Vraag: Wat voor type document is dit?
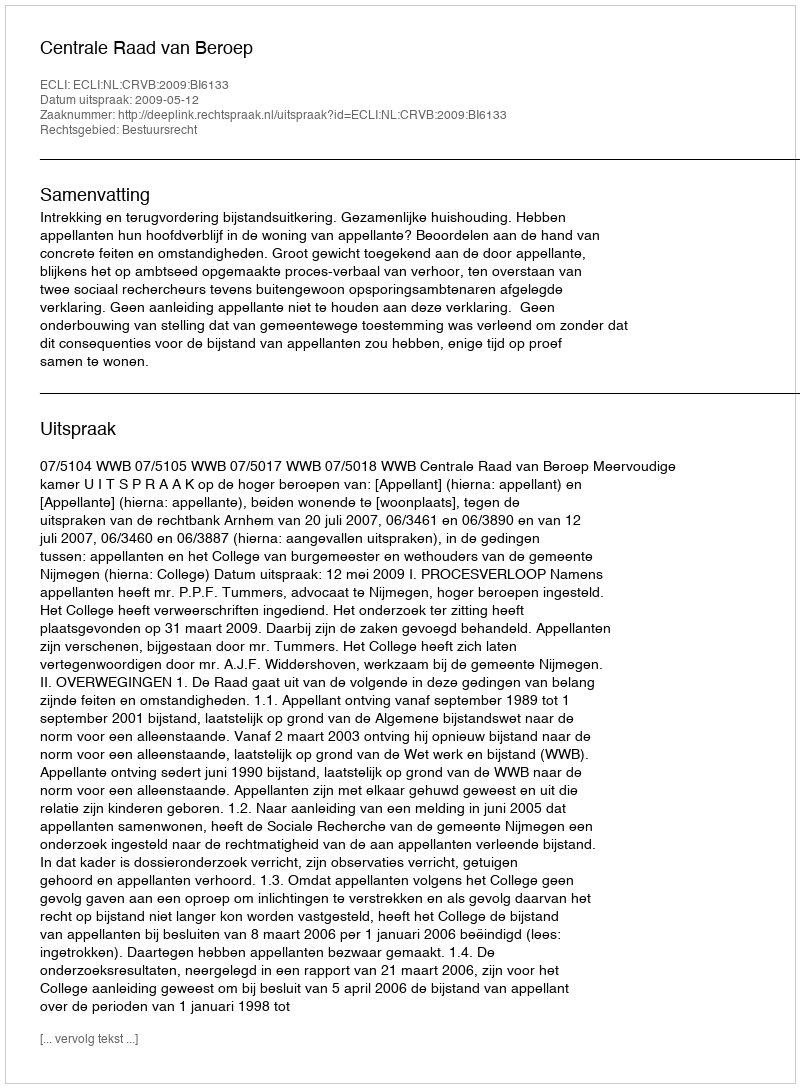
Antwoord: Uitspraak